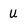
Character: u